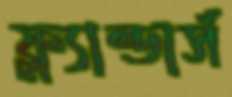
ফ্ল্যান্ডার্স